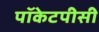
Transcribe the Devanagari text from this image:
पॉकेटपीसी